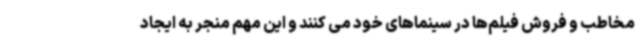
مخاطب و فروش فیلم‌ها در سینماهای خود می کنند و این مهم منجر به ایجاد